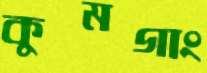
কুমগাং